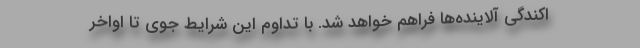
اکندگی آلاینده‌ها فراهم خواهد شد. با تداوم این شرایط جوی تا اواخر